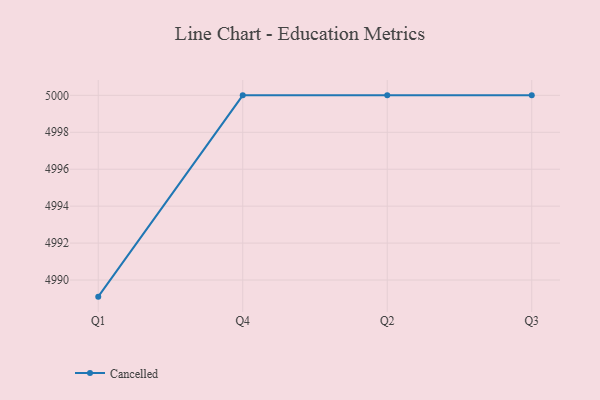
{"axis": {"x": "Quarter", "y": "Website Visitors"}, "legend": ["Cancelled"], "data": [{"x": "Q1", "y": 4989.1, "type": "Cancelled"}, {"x": "Q4", "y": 5000, "type": "Cancelled"}, {"x": "Q2", "y": 5000, "type": "Cancelled"}, {"x": "Q3", "y": 5000, "type": "Cancelled"}]}